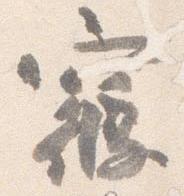
寝